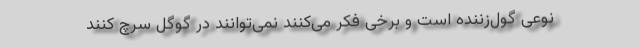
نوعی گول‌زننده است و برخی فکر می‌کنند نمی‌توانند در گوگل سرچ کنند